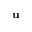
\mathbf { u }